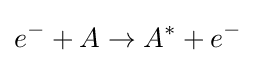
e^{-}+A\rightarrow A^{*}+e^{-}